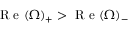
\textrm { R e } ( \Omega ) _ { + } > \textrm { R e } ( \Omega ) _ { - }